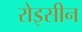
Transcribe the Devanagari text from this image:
रोइसीन